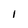
Character: l